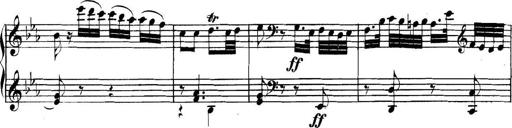
Title: Collected Piano Sonatas
Composer: Muzio Clementi